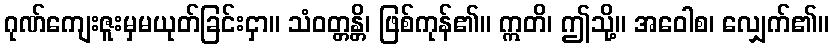
ဂုဏ်ကျေးဇူးမှမယုတ်ခြင်းငှာ။ သံဝတ္တန္တိ၊ ဖြစ်ကုန်၏။ ဣတိ၊ ဤသို့။ အဝေါစ၊ လျှေက်၏။